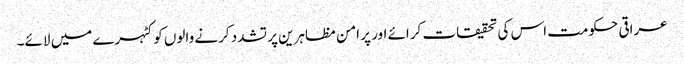
عراقی حکومت اس کی تحقیقات کرائے اور پر امن مظاہرین پر تشدد کرنے والوں کو کٹہرے میں لائے۔